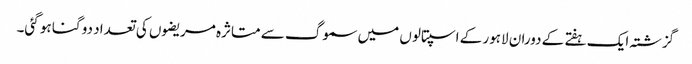
گزشتہ ایک ہفتے کے دوران لاہور کے اسپتالوں میں سموگ سے متاثرہ مریضوں کی تعداد دو گنا ہو گئی۔